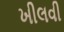
ખીલવી